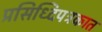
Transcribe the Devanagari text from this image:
प्रसिध्दिपत्रकात